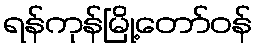
ရန်ကုန်မြို့တော်ဝန်